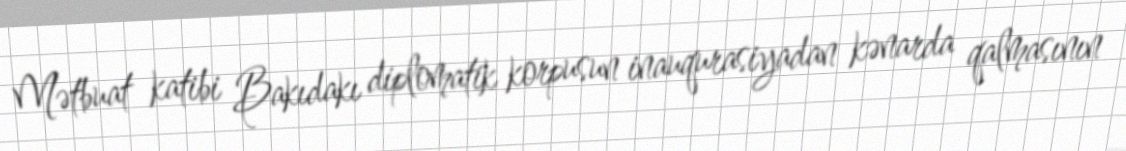
Mətbuat katibi Bakıdakı diplomatik korpusun inauqurasiyadan kənarda qalmasının